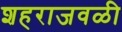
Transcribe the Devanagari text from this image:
शहराजवळी